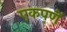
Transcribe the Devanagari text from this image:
एकपणें